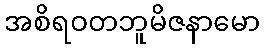
အစိရဝတဘူမိဇနာမော